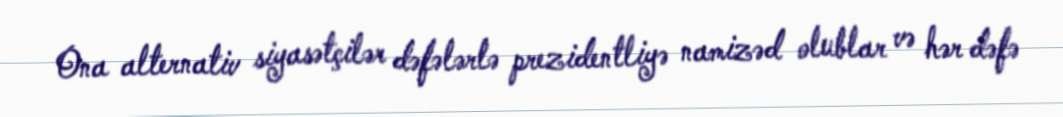
Ona alternativ siyasətçilər dəfələrlə prezidentliyə namizəd olublar və hər dəfə